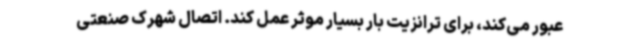
عبور می‌کند، برای ترانزیت بار بسیار موثر عمل کند. اتصال شهرک صنعتی